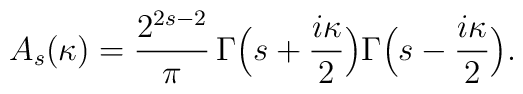
A_s(\kappa)=\frac{2^{2s-2}}{\pi}\,\Gamma\Bigl(s+\frac{i\kappa}{2}\Bigr)\Gamma\Bigl(s-\frac{i\kappa}{2}\Bigr).